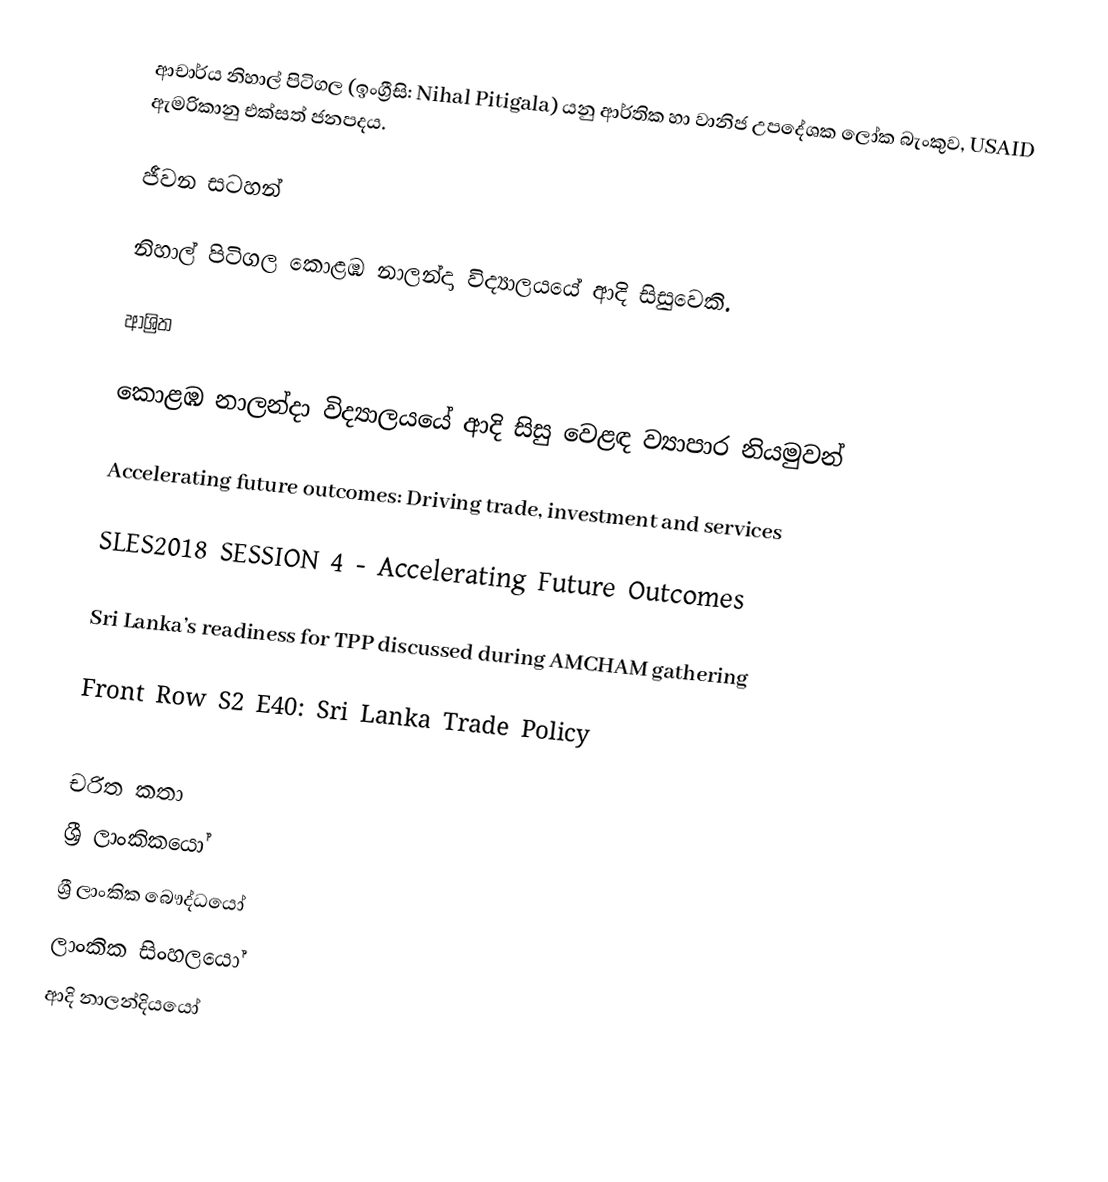
ආචාර්ය නිහාල් පිටිගල (ඉංග්‍රීසි: Nihal Pitigala) යනු ආර්තික හා වානිජ උපදේශක ලෝක බැංකුව, USAID ඇමරිකානු එක්සත් ජනපදය.

ජීවන සටහන්

නිහාල් පිටිගල  කොළඹ නාලන්දා විද්‍යාලයයේ ආදි සිසුවෙකි.

ආශ්‍රිත

 කොළඹ නාලන්දා විද්‍යාලයයේ ආදි සිසු වෙළඳ ව්‍යාපාර නියමුවන්

 Accelerating future outcomes: Driving trade, investment and services

 SLES2018 SESSION 4 - Accelerating Future Outcomes

 Sri Lanka’s readiness for TPP discussed during AMCHAM gathering

 Front Row S2 E40: Sri Lanka Trade Policy

චරිත කතා
ශ්‍රී ලාංකිකයෝ
ශ්‍රී ලාංකික බෞද්ධයෝ
ලාංකික සිංහලයෝ
ආදි නාලන්දියයෝ